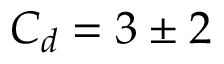
C _ { d } = 3 \pm 2